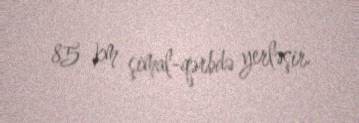
85 km şimal-qərbdə yerləşir.